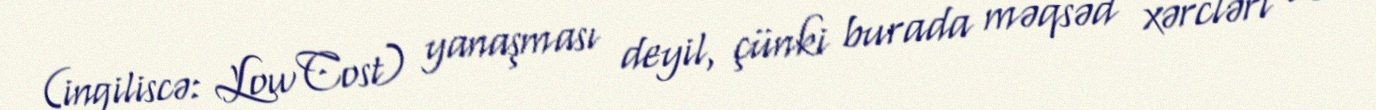
(ingiliscə: Low Cost) yanaşması deyil, çünki burada məqsəd xərcləri və